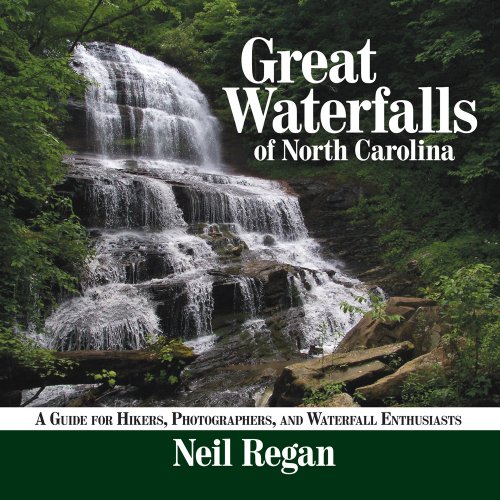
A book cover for Great Waterfalls of North Carolina: A Guide for Hikers, Photographers, and Waterfall Enthusiasts; Neil Regan; Science & Math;